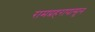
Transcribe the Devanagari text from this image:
रामप्रहरापासून